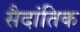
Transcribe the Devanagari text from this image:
सैदांतिक